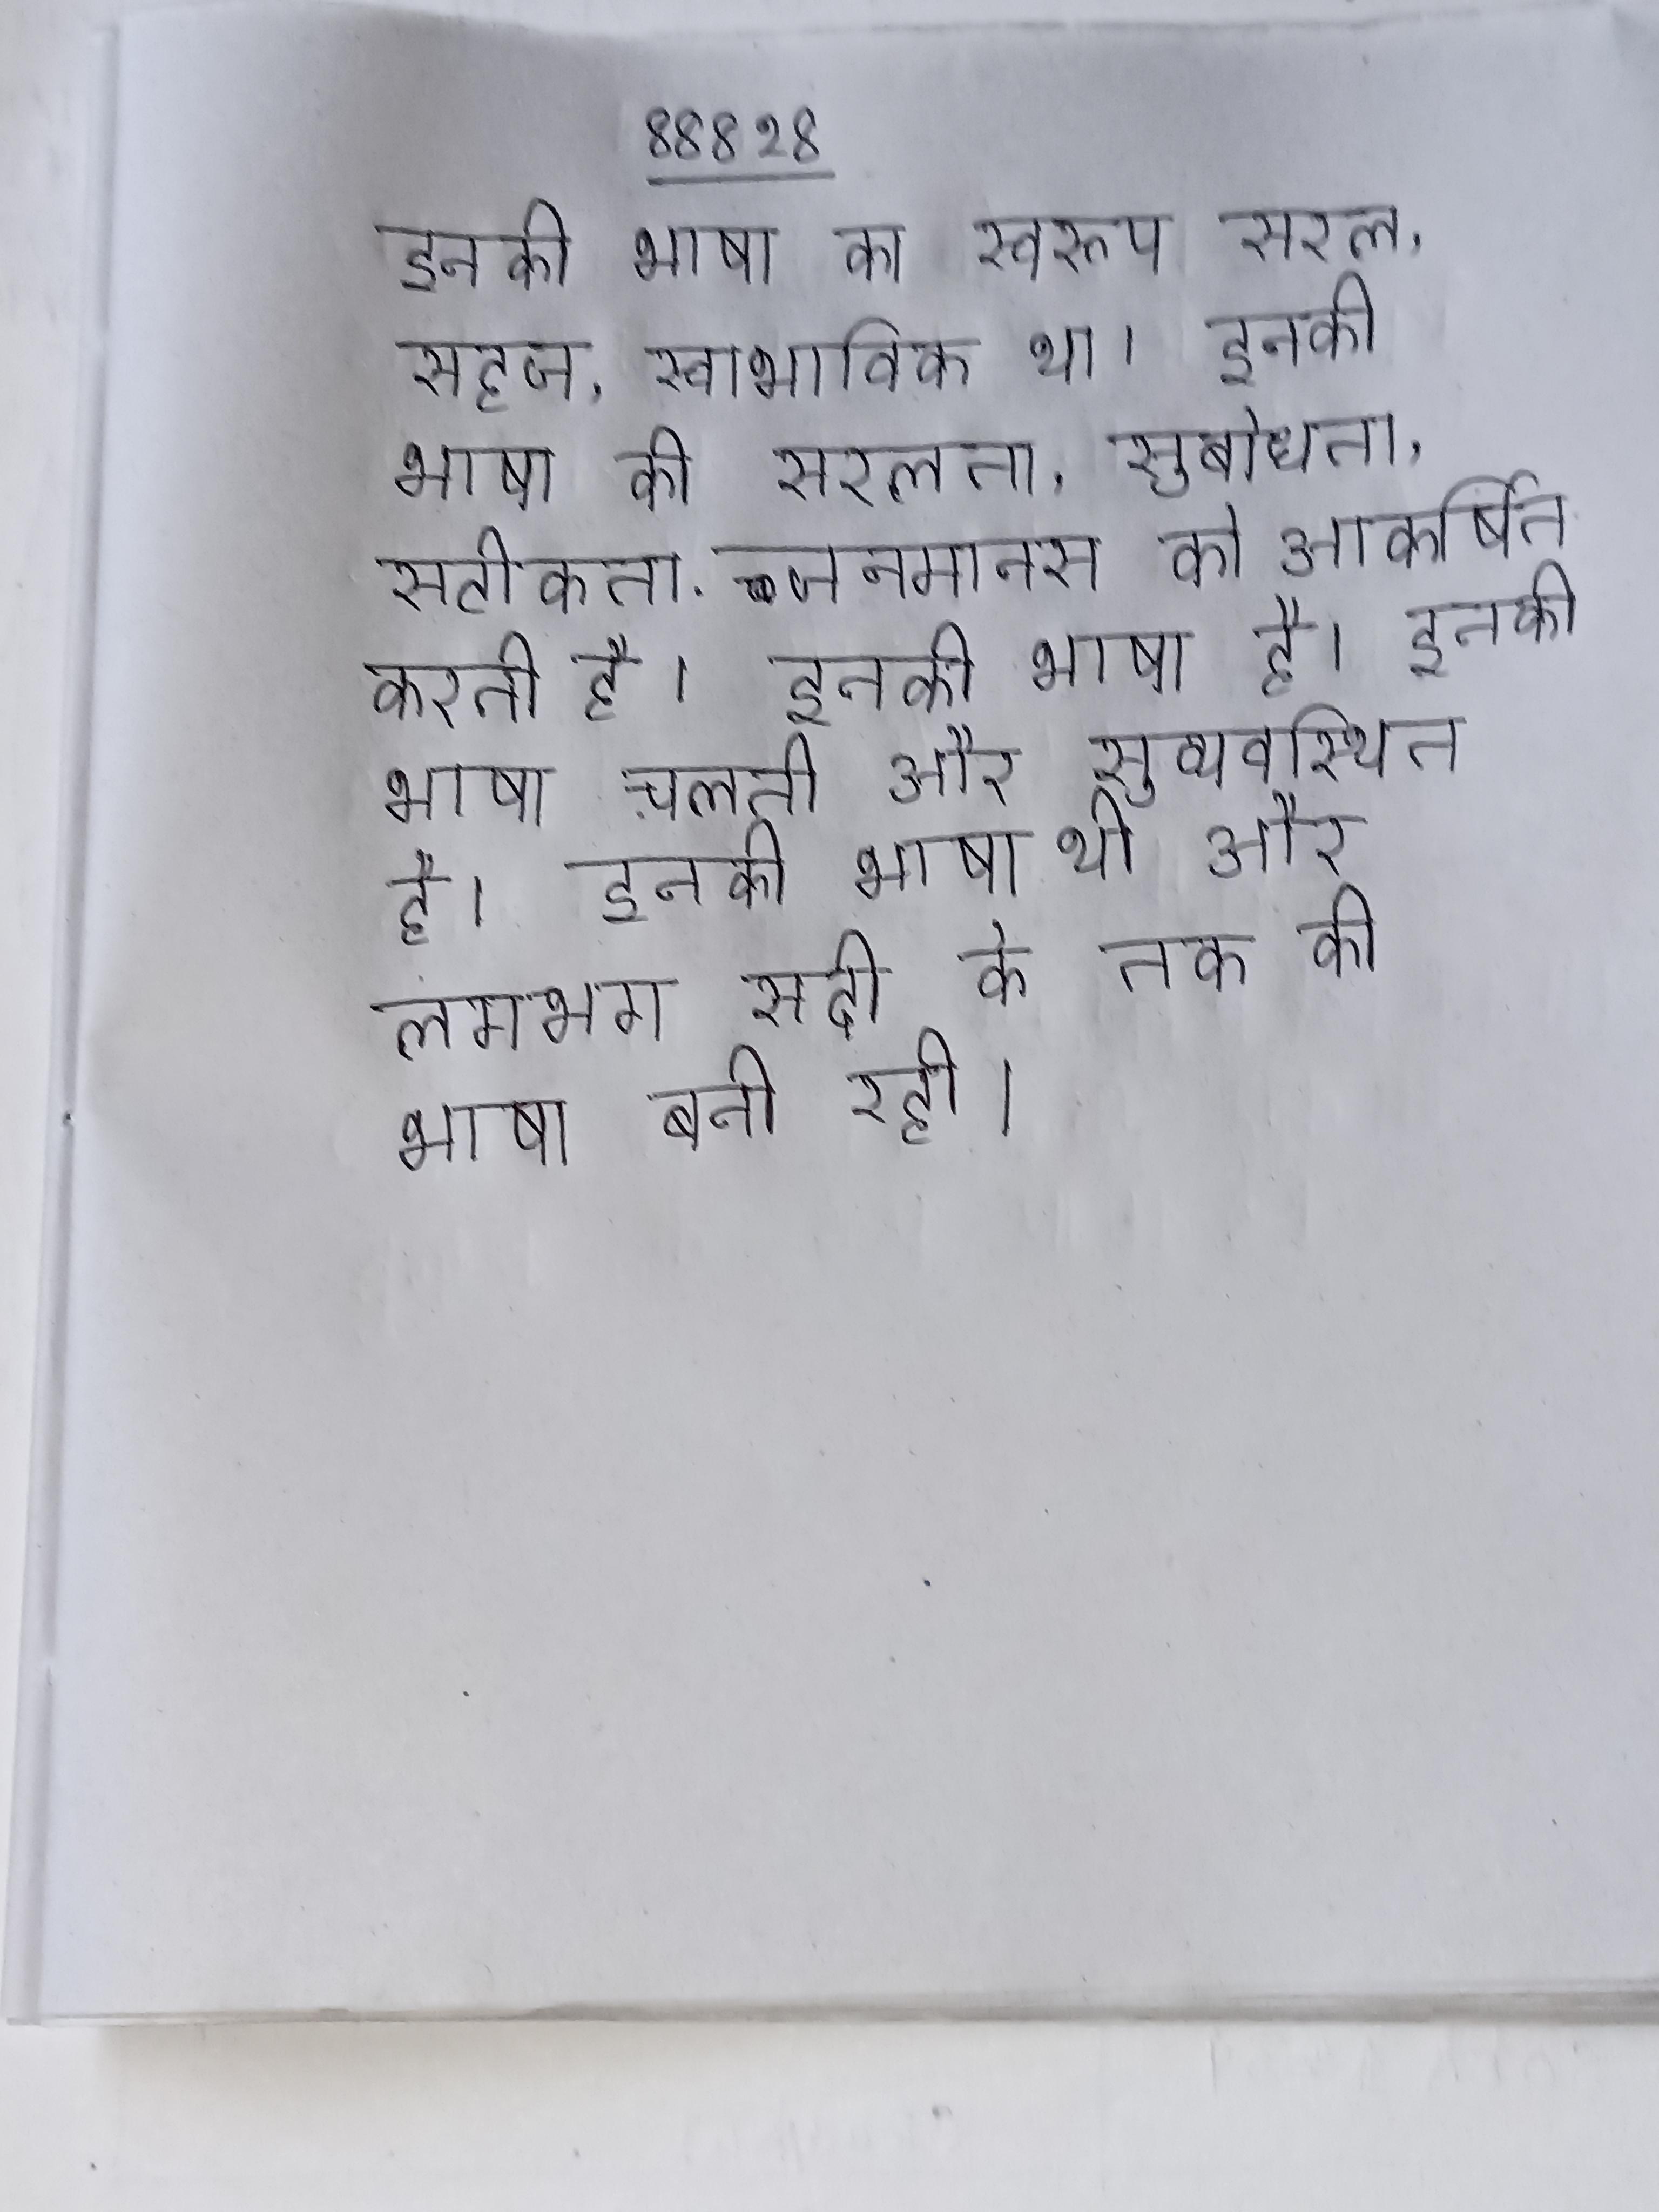
इनकी भाषा का स्वरूप सरल, सहज, स्वाभाविक था । इनकी भाषा की सरलता, सुबोधता, सटीकता जनमानस को आकर्षित करती है । इनकी भाषा है । इनकी भाषा चलती और सुव्यवस्थित है । इनकी भाषा थी और लगभग सदी के तक की भाषा बनी रही ।